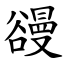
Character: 䜱